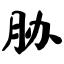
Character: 胁